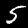
Digit: 5